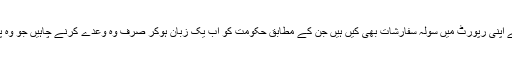
ایچ آر سی پی نے اپنی رپورٹ میں سولہ سفارشات بھی کیں ہیں جن کے مطابق حکومت کو اب یک زبان ہوکر صرف وہ وعدے کرنے چاہیں جو وہ پورے کر سکے۔